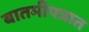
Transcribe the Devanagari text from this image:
बातमीपत्रात